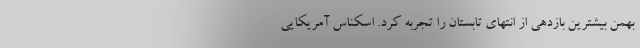
بهمن بیشترین بازدهی از انتهای تابستان را تجربه کرد. اسکناس آمریکایی